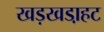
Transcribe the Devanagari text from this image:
खड़खडा़हट